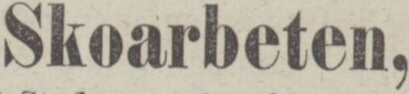
Skoarbeten,